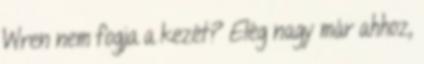
Wren nem fogja a kezét? Elég nagy már ahhoz,